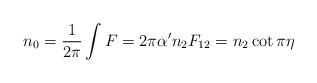
LaTeX: \begin{align*}n_0={1\over 2\pi}\int F = 2\pi\alpha^\prime n_2 F_{12} = n_2\cot\pi\eta\end{align*}